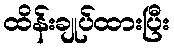
ထိန်းချုပ်ထားပြီး